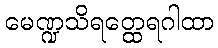
မေဏ္ဍသိရတ္ထေရဂါထာ